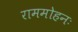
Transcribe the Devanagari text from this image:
राममोहनः